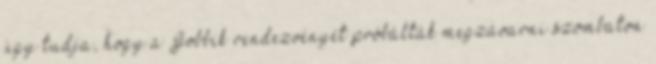
úgy tudja, hogy a Jobbik rendezvényét próbálták megzavarni szombaton